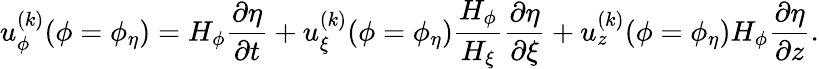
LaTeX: u_{\phi}^{(k)}(\phi=\phi_{\eta})=H_{\phi}\frac{\partial\eta}{\partial t}+u_{\xi}^{(k)}(\phi=\phi_{\eta})\frac{H_{\phi}}{H_{\xi}}\frac{\partial\eta}{\partial\xi}+u_{z}^{(k)}(\phi=\phi_{\eta})H_{\phi}\frac{\partial\eta}{\partial z}.